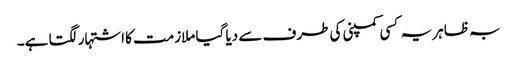
بہ ظاہر یہ کسی کمپنی کی طرف سے دیا گیا ملازمت کا اشتہار لگتا ہے۔